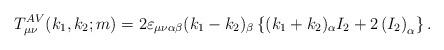
LaTeX: \begin{align*}T_{\mu \nu }^{AV}(k_{1},k_{2};m)=2\varepsilon _{\mu \nu \alpha \beta}(k_{1}-k_{2})_{\beta }\left\{ (k_{1}+k_{2})_{\alpha }I_{2}+2\left(I_{2}\right) _{\alpha }\right\} .\end{align*}